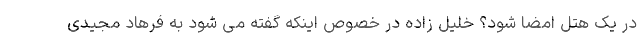
در یک هتل امضا شود؟ خلیل زاده در خصوص اینکه گفته می شود به فرهاد مجیدی